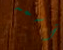
أسمه